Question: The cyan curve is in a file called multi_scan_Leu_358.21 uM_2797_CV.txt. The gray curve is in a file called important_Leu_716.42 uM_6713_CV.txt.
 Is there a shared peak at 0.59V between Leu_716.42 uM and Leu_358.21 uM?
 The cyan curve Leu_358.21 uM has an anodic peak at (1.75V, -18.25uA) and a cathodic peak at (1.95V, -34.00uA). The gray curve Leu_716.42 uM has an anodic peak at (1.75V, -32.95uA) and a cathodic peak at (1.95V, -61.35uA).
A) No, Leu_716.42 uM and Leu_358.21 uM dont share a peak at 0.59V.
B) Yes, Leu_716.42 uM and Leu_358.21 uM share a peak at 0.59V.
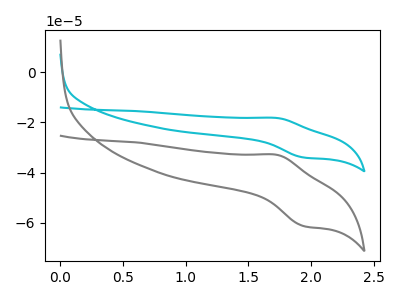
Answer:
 <answer>A) No, "Leu_716.42 uM" and "Leu_358.21 uM" dont share a peak at 0.59V.</answer>
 <eval>A</eval>